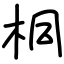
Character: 桐